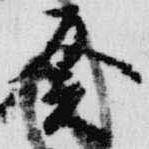
癸